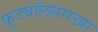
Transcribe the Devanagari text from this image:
फूटबॉलसारखा